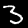
Label: 3